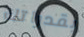
بقدراتك